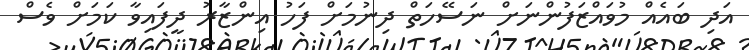
އަދި ބައެއް މުވައްޒަފުންނަށް ނަސޭހަތް ދިނުމަށް ފަހު އިންޒާރު ދީފައިވާ ކަމަށް ވެސް